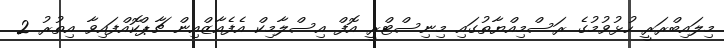
މިލައިބްރަރީ ހުޅުވުމުގެ ރަސްމިއްޔާތުގައި މިނިސްޓްރީ އޮފް އިސްލާމިކް އެފެއާޒްއިން ޗާޕްކޮއްފައިވާ އިތުރު 2